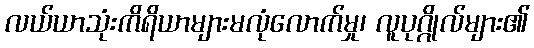
လယ်ယာသုံးကိရိယာများမလုံလောက်မှု၊ လူပုဂ္ဂိုလ်များ၏